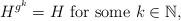
LaTeX: \begin{align*}H^{g^k} = H \,\, \mathrm{for\,\, some}\,\, k \in \mathbb N,\end{align*}